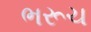
ભરૂચ